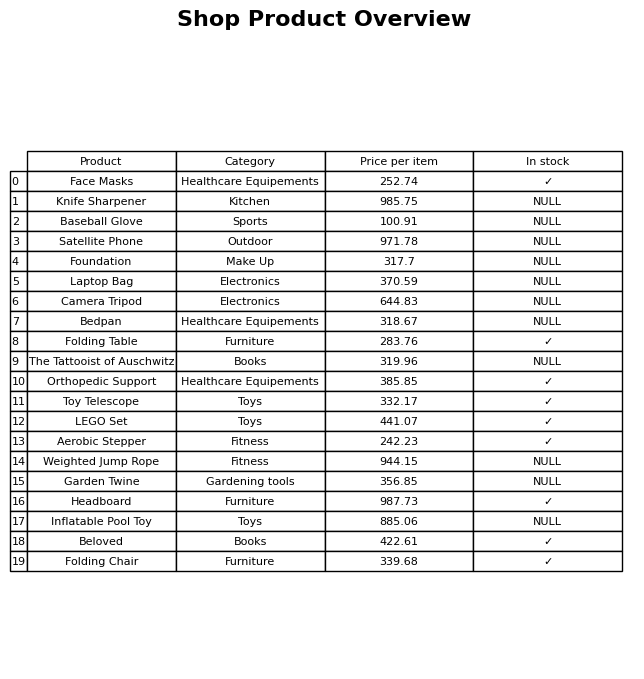
question: What is the price for Orthopedic Support?
answer: The price of Orthopedic Support is 385.85.